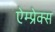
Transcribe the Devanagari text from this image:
ऐम्प्रेक्स